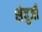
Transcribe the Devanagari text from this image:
शेवुजी